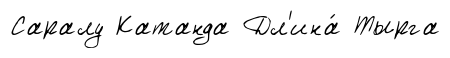
Саралу Катанда Дл'ина́ Тырга